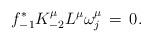
LaTeX: \begin{align*}f_{-1}^*K^{\mu}_{-2}L^{\mu}\omega_j^{\mu}\,=\,0.\end{align*}